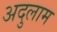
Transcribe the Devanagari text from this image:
अदुलाम